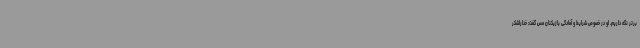
برتر نگه داریم. او در خصوص شرایط و آمادگی بازیکنان مس گفت: خداراشکر